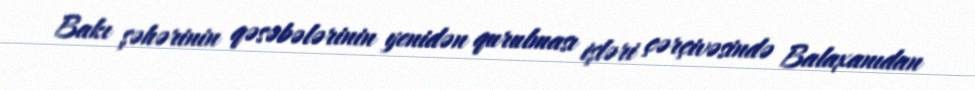
Bakı şəhərinin qəsəbələrinin yenidən qurulması işləri çərçivəsində Balaxanıdan